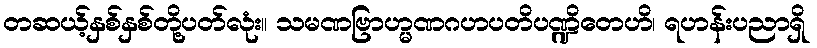
တဆယ့်နှစ်နှစ်တို့ပတ်လုံး။ သမဏဗြာဟ္မဏဂဟပတိပဏ္ဍိတေဟိ၊ ရဟန်းပညာရှိ